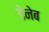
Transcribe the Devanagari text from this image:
डेनेब